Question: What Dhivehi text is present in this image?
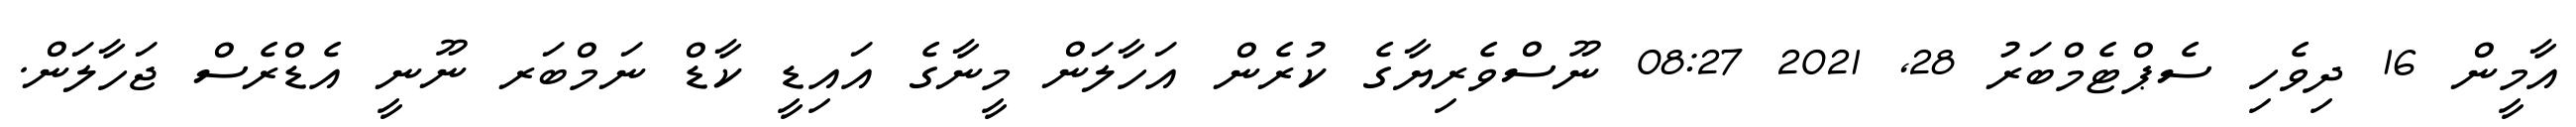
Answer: އާމީން 16 ދިވެހި ސެޕްޓެމްބަރު 28, 2021 08:27 ނޫސްވެރިޔާގެ ކުރެން އަހާލަން މީނާގެ އައިޑީ ކާޑް ނަމްބަރ ނޫނީ އެޑްރެސް ޖަހާލަން.